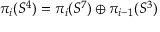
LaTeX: \pi _ { i } ( S ^ { 4 } ) = \pi _ { i } ( S ^ { 7 } ) \oplus \pi _ { i - 1 } ( S ^ { 3 } )